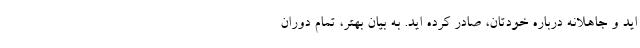
اید و جاهلانه درباره خودتان، صادر کرده اید. به بیان بهتر، تمام دوران